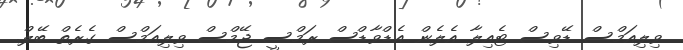
ވިލިއަމްސް ޑޭވިސް ޓެއިލާ އެލެން އެޑްވާޑްސް ރަމްސީ ޖޭމްސް ވިލިއަމްސް ގެރެތް ބޭލް.